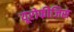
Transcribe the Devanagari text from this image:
यूरोफीजिस